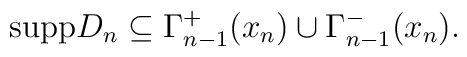
\mbox{supp} D_n \subseteq \Gamma_{n-1}^+(x_n) \cup \Gamma_{n-1}^-(x_n).